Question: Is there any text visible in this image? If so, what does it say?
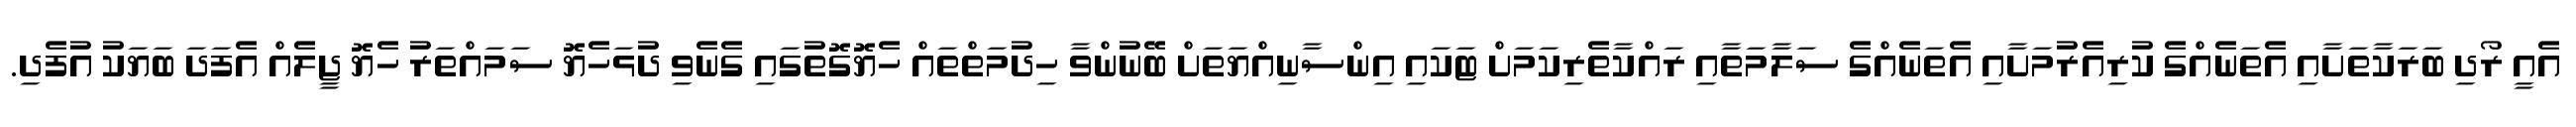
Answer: އެއީ ރޯދި ބަރަކާތަށާއި އެތަނެއްގެ ކުރިއެރުމަށާއި އެތަނެއްގެ ސަލާމަތާއި ރައްކާތެރިކަމަށް ޓަކައި އިންސާނިއްޔަތަށް ބޭނުންވާ ހިދުމަތްތައް ހެޔޮގޮތުގައި ގެނެވި ދުޅަހެޔޮ ސަމައްތަރު ހެޔޮ ޖީލެއް އެފަދަ ބަޔަކު އުފެދި.